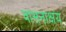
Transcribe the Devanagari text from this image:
वासनाक्षय